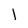
Character: l